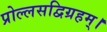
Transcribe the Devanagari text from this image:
प्रोल्लसद्विग्रहम्।